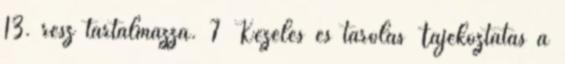
13. rész tartalmazza. 7 Kezelés és tárolás Tájékoztatás a